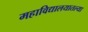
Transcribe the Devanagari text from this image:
महाविद्यालयातल्या